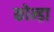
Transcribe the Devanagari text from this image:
कोन्डा